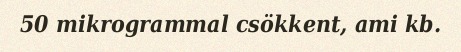
50 mikrogrammal csökkent, ami kb.